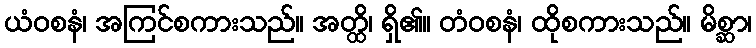
ယံဝစနံ၊ အကြင်စကားသည်။ အတ္ထိ၊ ရှိ၏။ တံဝစနံ၊ ထိုစကားသည်။ မိစ္ဆာ၊